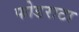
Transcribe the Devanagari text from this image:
फोडराटा